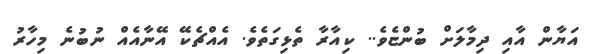
އަޔާން އާއި ދިމާލަށް ބުންޏެވެ.. ކިއާރާ ތެޅިގަތެވެ. އެއްޗެކޭ އޭނާއެއް ނުބުނެ މިހާރު